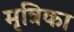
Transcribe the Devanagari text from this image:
मृत्रिका